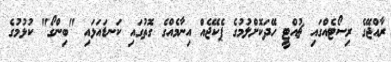
ރާއްޖޭގެ ރިސޯޓެއްގައި ޗުއްޓީ ހޭދަކޮށްލުމުގެ ޕެކޭޖެއް އިނާމެއްގެ ގޮތުގައި ކަނޑައަޅައި "ބިންގޯ" ކުޅުމުގެ